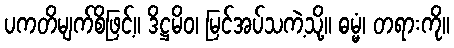
ပကတိမျက်စိဖြင့်။ ဒိဋ္ဌမိဝ၊ မြင်အပ်သကဲ့သို့။ ဓမ္မံ၊ တရားကို။